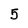
Character: 5